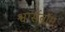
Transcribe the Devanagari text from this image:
श्वार्सबॉम